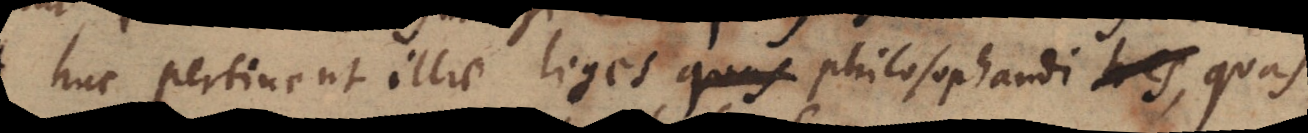
huc pertinent illae leges qu_ philosophandi, quas